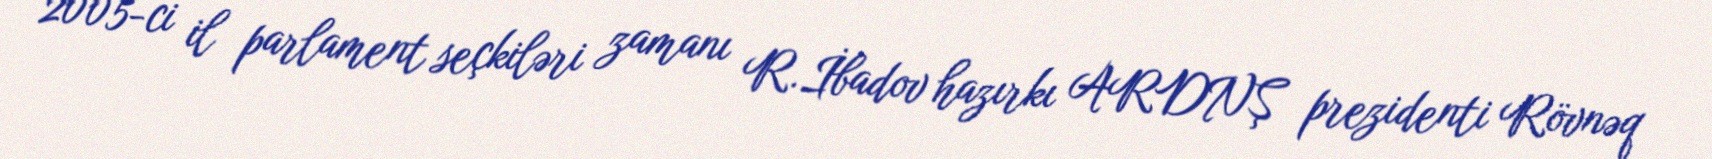
2005-ci il parlament seçkiləri zamanı R.İbadov hazırkı ARDNŞ prezidenti Rövnəq